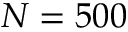
N = 5 0 0